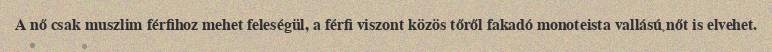
A nő csak muszlim férfihoz mehet feleségül, a férfi viszont közös tőről fakadó monoteista vallású nőt is elvehet.